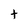
Character: t